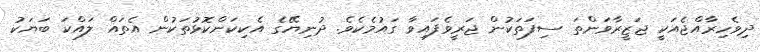
ދިވެހިރާއްޖެއަކީ ޖަޒީރާވަންތަ ސިފަތަކުން ޖަރީވެފައިވާ ގައުމެކެވެ. ދުނިޔޭގެ އެކިކަންކޮޅުތަކުން އެތައް ލައްކަ ބަޔަކު